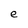
Character: e